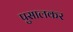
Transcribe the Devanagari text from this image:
पुसालकर